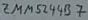
Text: SMM5244R 7